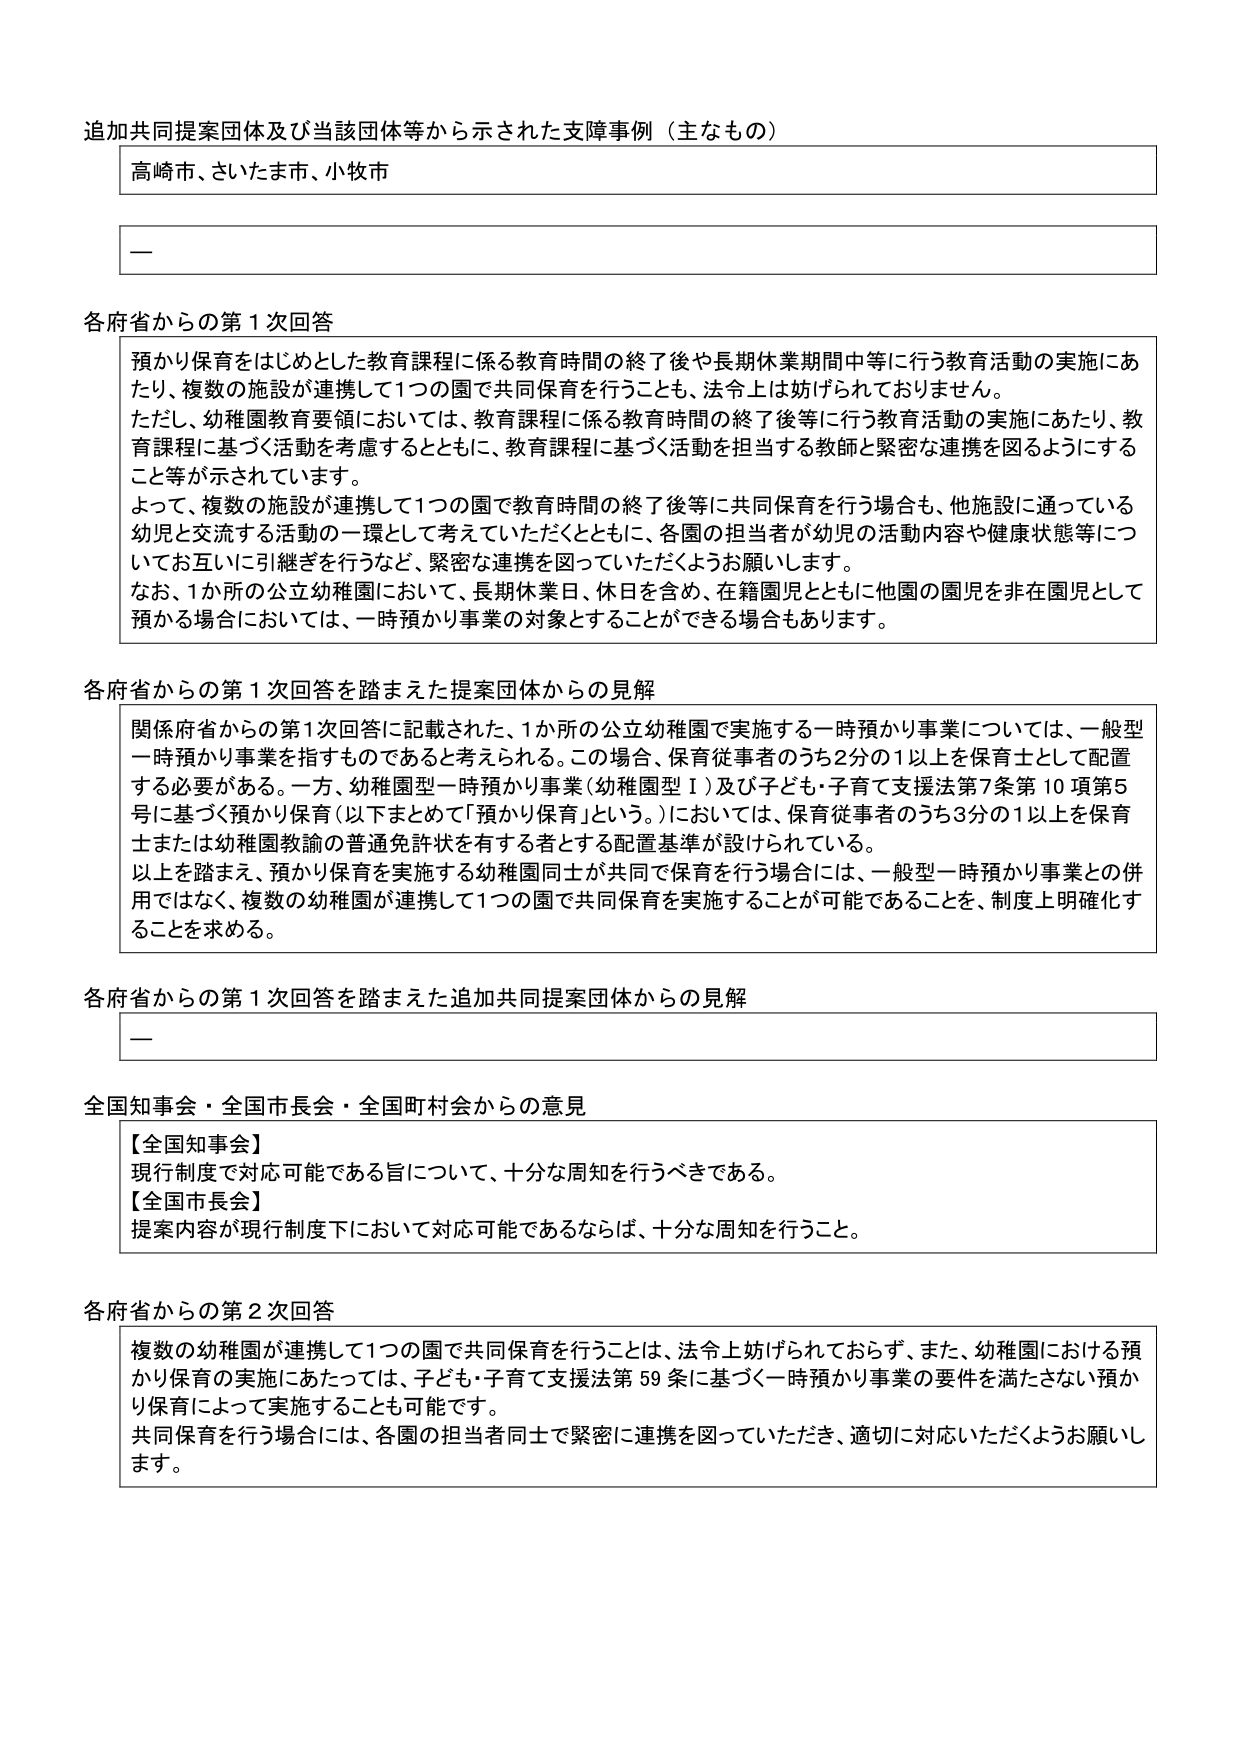
追加共同提案団体及び当該団体等から示された支障事例（主なもの）

高崎市、さいたま市、小牧市

—

各府省からの第1次回答

預かり保育をはじめとした教育課程に係る教育時間の終了後や長期休業期間中等に行う教育活動の実施にあたり、複数の施設が連携して1つの園で共同保育を行うことも、法令上は妨げられておりません。

ただし、幼稚園教育要領においては、教育課程に係る教育時間の終了後等に行う教育活動の実施にあたり、教育課程に基づく活動を考慮するとともに、教育課程に基づく活動を担当する教師と緊密な連携を図るようにすること等が示されています。

よって、複数の施設が連携して1つの園で教育時間の終了後等に共同保育を行う場合も、他施設に通っている幼児と交流する活動の一環として考えていただくとともに、各園の担当者が幼児の活動内容や健康状態等についてお互いに引継ぎを行うなど、緊密な連携を図っていただくようお願いします。

なお、1か所の公立幼稚園において、長期休業日、休日を含め、在籍園児とともに他園の園児を非在園児として預かる場合においては、一時預かり事業の対象とすることができる場合もあります。

各府省からの第1次回答を踏まえた提案団体からの見解

関係府省からの第1次回答に記載された、1か所の公立幼稚園で実施する一時預かり事業については、一般型一時預かり事業を指すものであると考えられる。この場合、保育従事者のうち2分の1以上を保育士として配置する必要がある。一方、幼稚園型一時預かり事業（幼稚園型Ⅰ）及び子ども・子育て支援法第7条第10項第5号に基づく預かり保育（以下まとめて「預かり保育」という。）においては、保育従事者のうち3分の1以上を保育士または幼稚園教諭の普通免許状を有する者とする配置基準が設けられている。

以上を踏まえ、預かり保育を実施する幼稚園同士が共同で保育を行う場合には、一般型一時預かり事業との併用ではなく、複数の幼稚園が連携して1つの園で共同保育を実施することが可能であることを、制度上明確化することを求める。

各府省からの第1次回答を踏まえた追加共同提案団体からの見解

—

全国知事会・全国市長会・全国町村会からの意見

【全国知事会】
現行制度で対応可能である旨について、十分な周知を行うべきである。

【全国市長会】
提案内容が現行制度下において対応可能であるならば、十分な周知を行うこと。

各府省からの第2次回答

複数の幼稚園が連携して1つの園で共同保育を行うことは、法令上妨げられておらず、また、幼稚園における預かり保育の実施にあたっては、子ども・子育て支援法第59条に基づく一時預かり事業の要件を満たさない預かり保育によって実施することも可能です。

共同保育を行う場合には、各園の担当者同士で緊密に連携を図っていただき、適切に対応いただくようお願いします。